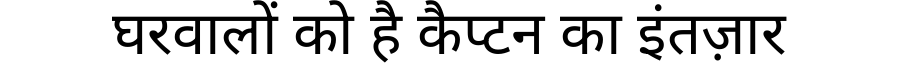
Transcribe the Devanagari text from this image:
घरवालों को है कैप्टन का इंतज़ार